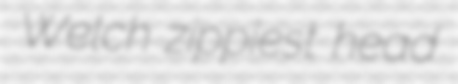
Welch zippiest head